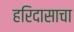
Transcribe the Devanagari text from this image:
हरिदासाचा